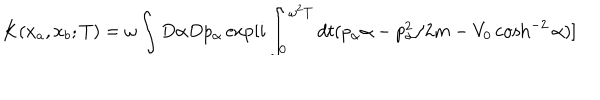
LaTeX: K ( x _ { a } , x _ { b } ; T ) = \omega \int D \alpha D p _ { \alpha } \exp [ i \int _ { 0 } ^ { \omega ^ { 2 } T } d t ( p _ { \alpha } \alpha - p _ { \alpha } ^ { 2 } / 2 m - V _ { 0 } \cosh ^ { - 2 } \alpha ) ]